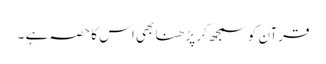
قرآن کو سمجھ کر پڑ ھنا بھی اس کا حصہ ہے ۔